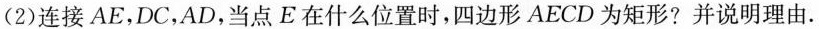
(2)连接AE，DC，AD，当点E在什么位置时，四边形AECD为矩形?并说明理由。